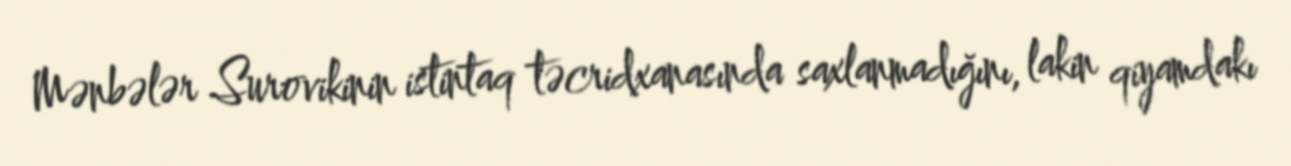
Mənbələr Surovikinin istintaq təcridxanasında saxlanmadığını, lakin qiyamdakı